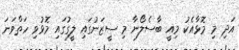
އަދި މި މޮޅާއެކު މިއީ ބާސެލޯނާ މި ސީޒަނުގައި ލީގުގައި މޮޅުވި ހަތްވަނަ